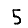
Digit: 5